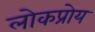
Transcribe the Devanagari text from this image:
लोकप्रोय